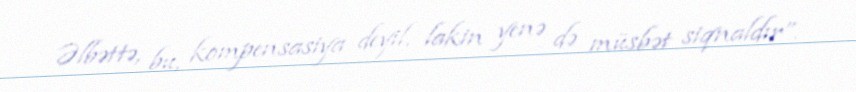
Əlbəttə, bu, kompensasiya deyil, lakin yenə də müsbət siqnaldır”.